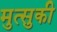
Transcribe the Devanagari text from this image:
मुत्सुकी